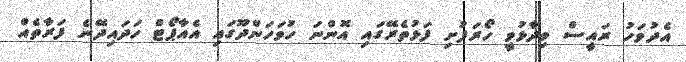
އެދުވަހު ރައީސް ވިދާޅުވީ ހޯރަފުށި ފަޅުތެރޭގައި އޮންނަ ހުވަހަންދޫގައި އެއާޕޯޓް ހަދައިދޭނެ ފަރާތެއް